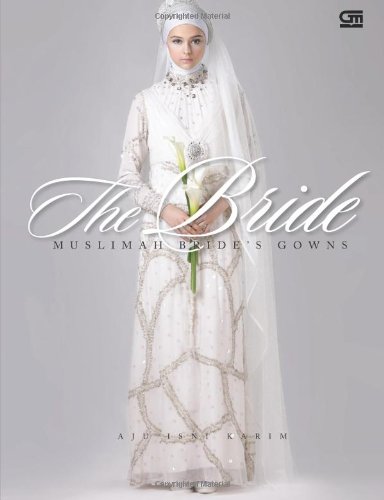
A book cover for The Bride - Muslimah is Bride's Gowns (Indonesian Edition); Aju Isni Karim; Crafts, Hobbies & Home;